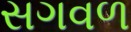
સગવળ